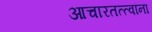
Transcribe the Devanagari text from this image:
आचारतत्त्वांना